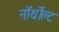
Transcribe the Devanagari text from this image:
नॉर्थोल्ट